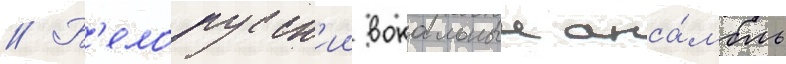
// Б'елорусск'ии вокальныи анса́мбль